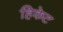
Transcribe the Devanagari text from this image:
हिकेट